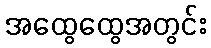
အထွေထွေအတွင်း